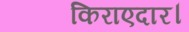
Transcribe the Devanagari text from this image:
किराएदार।